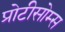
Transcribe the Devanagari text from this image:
प्रोटीसोम्स